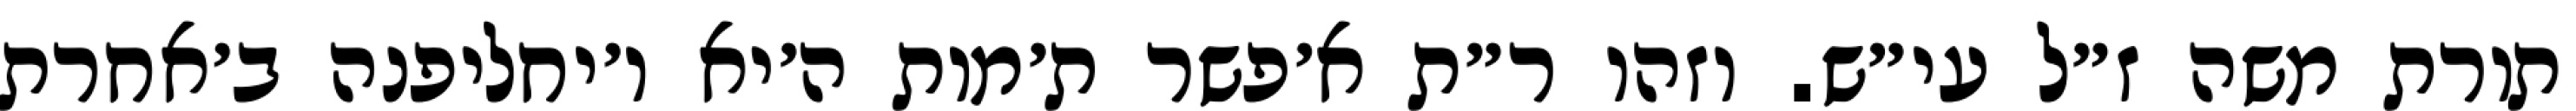
תורת משה ז״ל עי״ש. וזהו ר״ת א׳פשר ת׳מות ה׳יא ו׳יחליפנה ב׳אחרת